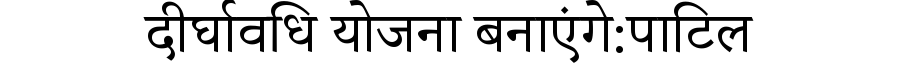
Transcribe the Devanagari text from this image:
दीर्घावधि योजना बनाएंगे:पाटिल